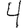
Digit: 4